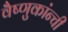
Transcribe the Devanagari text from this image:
वैष्णुकांन्ची